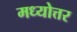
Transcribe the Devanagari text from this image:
मध्योत्तर